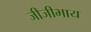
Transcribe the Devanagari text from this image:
जीजीभाय